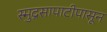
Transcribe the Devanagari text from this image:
स्मुद्रसापाटीपासून